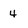
Character: 4